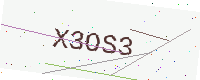
Text: X3OS3